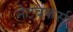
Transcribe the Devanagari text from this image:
नेटवकर्स